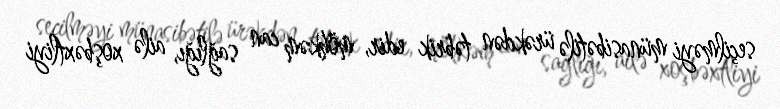
seçilməyi münasibətilə ürəkdən təbrik edir, möhkəm can sağlığı, ailə xoşbəxtliyi